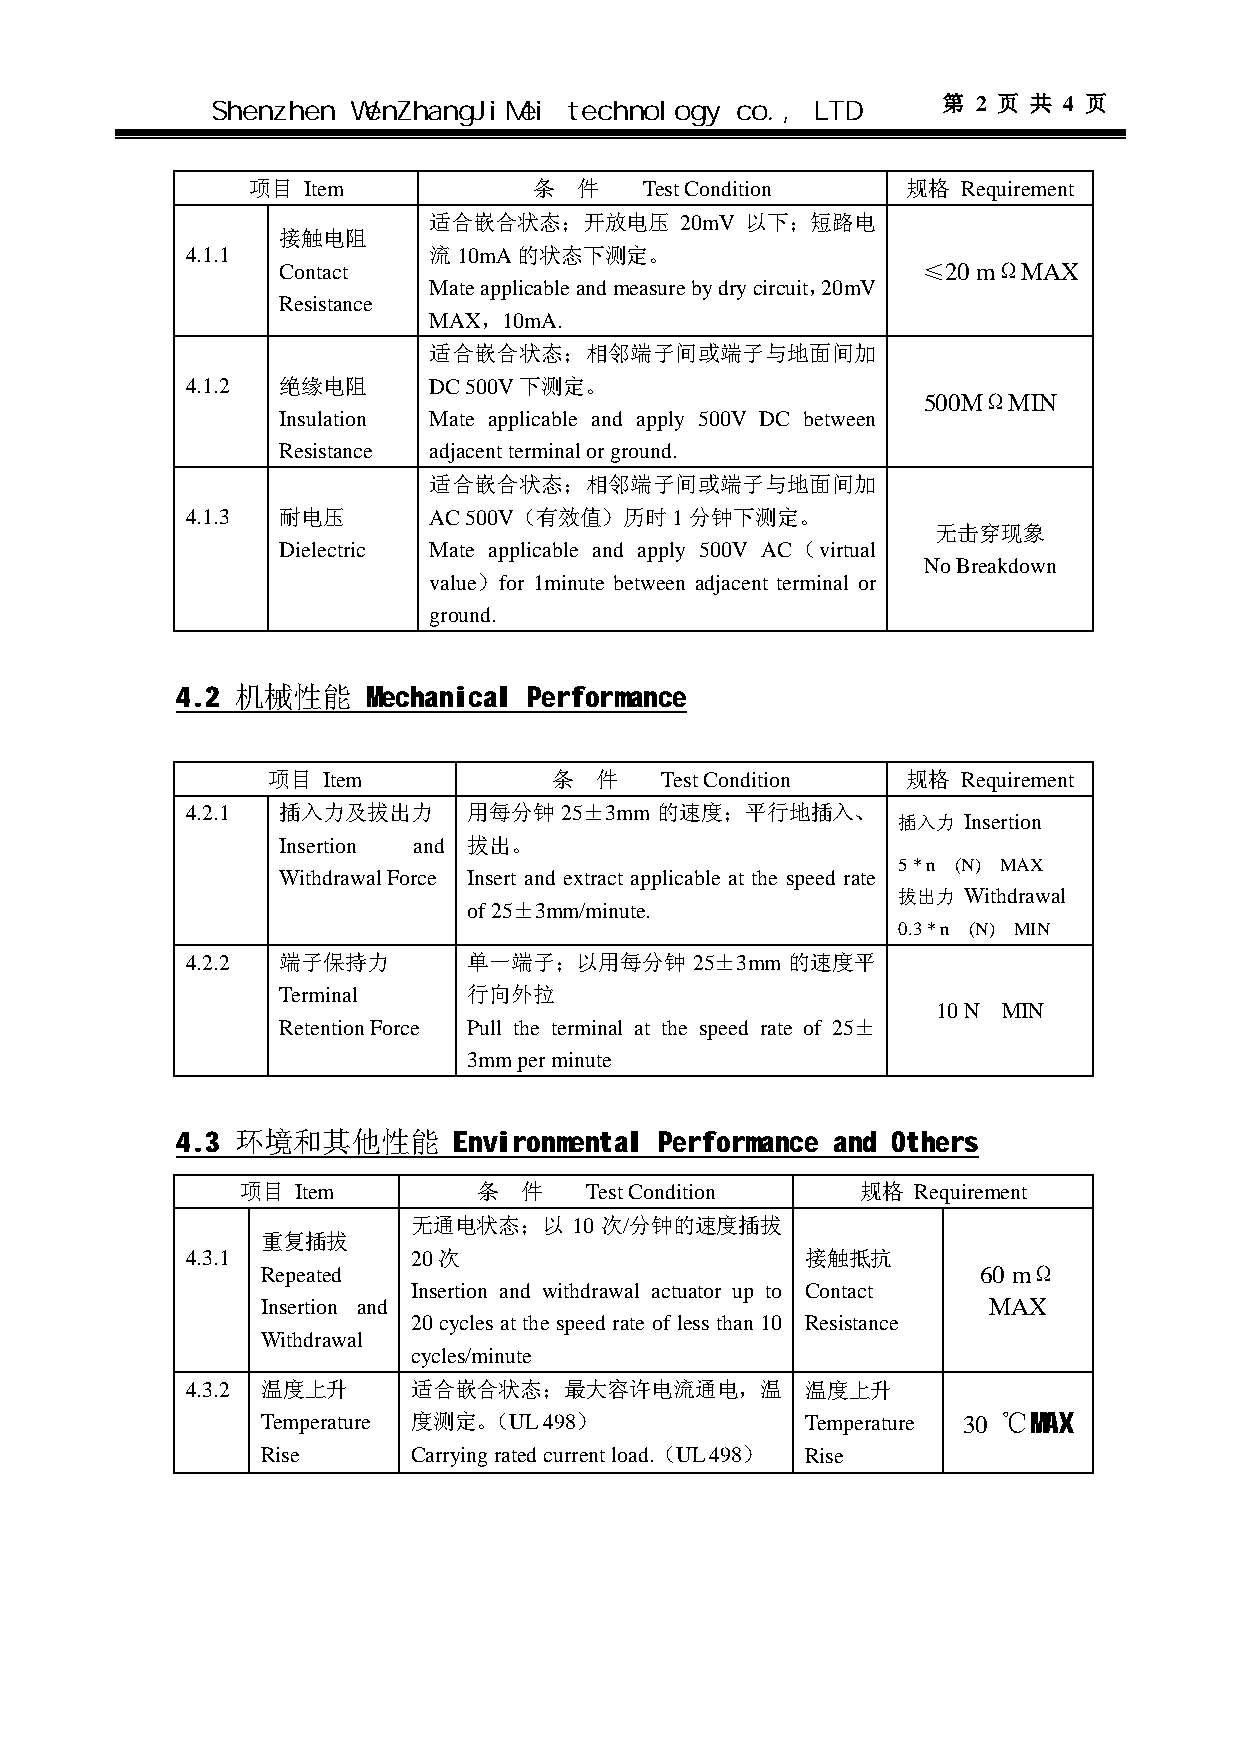
深圳市文章济美科技有限公司
 Sh e n z h e n WenZhangJiMei technology co., LTD 第 2 页 共 4 页
 项目  Item           条  件    Test Condition   规格  Requirement
 适合嵌合状态；开放电压      20mV 以下；短路电
 接触电阻
 4.1.1           流10mA的状态下测定。
 Contact                                    ≤20 mΩMAX
 Mate applicable and measure by dry circuit，20mV
 Resistance
 MAX，10mA.
 适合嵌合状态；相邻端子间或端子与地面间加
 4.1.2 绝缘电阻      DC 500V下测定。
 500MΩMIN
 Insulation Mate applicable and apply 500V DC between
 Resistance adjacent terminal or ground.
 适合嵌合状态；相邻端子间或端子与地面间加
 4.1.3 耐电压       AC 500V（有效值）历时1分钟下测定。
 无击穿现象
 Dielectric Mate applicable and apply 500V AC（virtual
 No Breakdown
 value）for 1minute between adjacent terminal or
 ground.
 4.2 机械性能    Mechanical Performance
 项目 Item            条 件    Test Condition  规格  Requirement
 4.2.1 插入力及拔出力      用每分钟  25±3mm 的速度；平行地插入、
 插入力  Insertion
 Insertion and 拔出。
 5 * n (N) MAX
 Withdrawal Force Insert and extract applicable at the speed rate
 拔出力  Withdrawal
 of 25±3mm/minute.
 0.3 * n (N) MIN
 4.2.2 端子保持力        单一端子；以用每分钟     25±3mm 的速度平
 Terminal     行向外拉
 10 N MIN
 Retention Force Pull the terminal at the speed rate of 25±
 3mm per minute
 4.3 环境和其他性能       Environmental Performance and Others
 项目 Item         条 件    Test Condition    规格  Requirement
 无通电状态；以    10 次/分钟的速度插拔
 重复插拔
 4.3.1          20次                       接触抵抗
 Repeated                                        60 mΩ
 Insertion and withdrawal actuator up to Contact
 Insertion and                                   MAX
 20 cycles at the speed rate of less than 10 Resistance
 Withdrawal
 cycles/minute
 4.3.2 温度上升     适合嵌合状态；最大容许电流通电，温         温度上升
 Temperature 度测定。（UL 498）            Temperature 30 ℃MAX
 Rise      Carrying rated current load.（UL 498） Rise